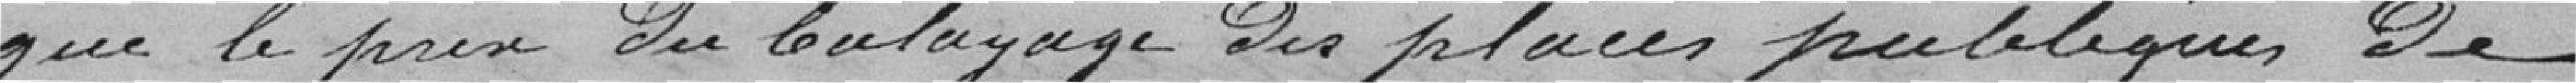
que le prix du balayage des places publiques de